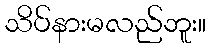
သိပ်နားမလည်ဘူး။